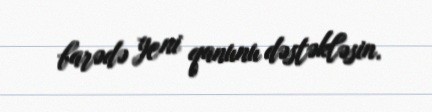
barədə yeni qanunu dəstəkləsin.